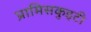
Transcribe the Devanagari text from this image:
प्रामिसकुइटी